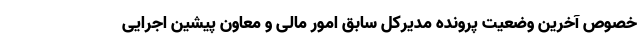
خصوص آخرین وضعیت پرونده مدیرکل سابق امور مالی و معاون پیشین اجرایی